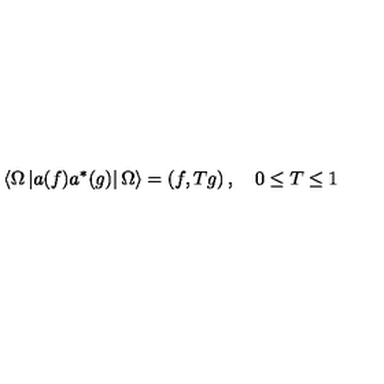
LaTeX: \left\langle \Omega \left| a ( f ) a ^ { * } ( g ) \right| \Omega \right\rangle = \left( f , T g \right) , \quad 0 \leq T \leq 1